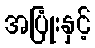
အပြုံးနှင့်